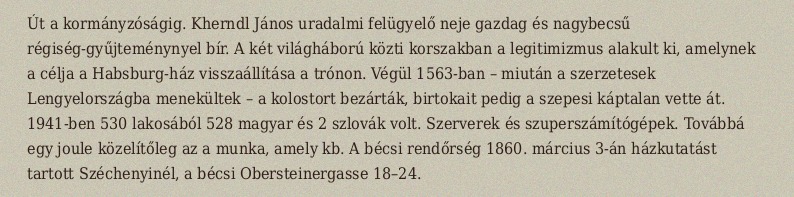
Út a kormányzóságig. Kherndl János uradalmi felügyelő neje gazdag és nagybecsű régiség-gyűjteménynyel bír. A két világháború közti korszakban a legitimizmus alakult ki, amelynek a célja a Habsburg-ház visszaállítása a trónon. Végül 1563-ban – miután a szerzetesek Lengyelországba menekültek – a kolostort bezárták, birtokait pedig a szepesi káptalan vette át. 1941-ben 530 lakosából 528 magyar és 2 szlovák volt. Szerverek és szuperszámítógépek. Továbbá egy joule közelítőleg az a munka, amely kb. A bécsi rendőrség 1860. március 3-án házkutatást tartott Széchenyinél, a bécsi Obersteinergasse 18–24.